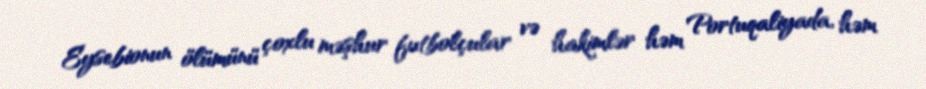
Eysebionun ölümünü çoxlu məşhur futbolçular və hakimlər həm Portuqaliyada, həm